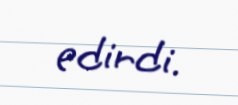
edirdi.